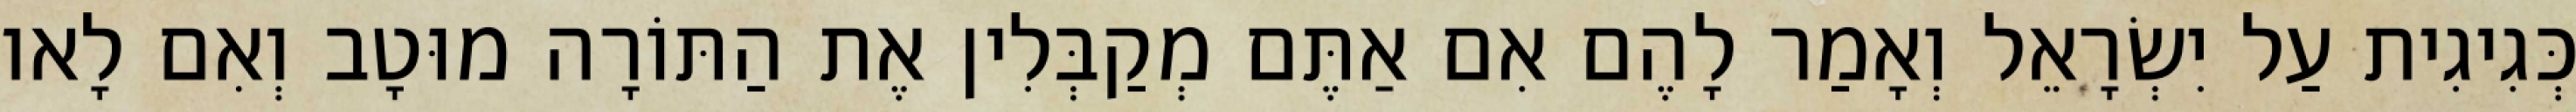
כְּגִיגִית עַל יִשְׂרָאֵל וְאָמַר לָהֶם אִם אַתֶּם מְקַבְּלִין אֶת הַתּוֹרָה מוּטָב וְאִם לָאו